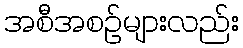
အစီအစဉ်များလည်း